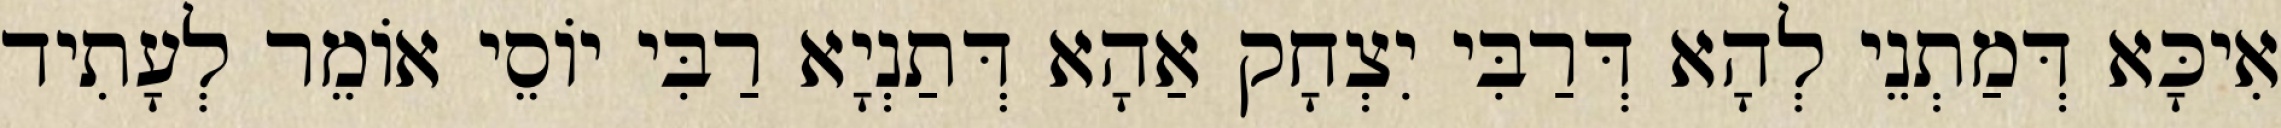
אִיכָּא דְּמַתְנֵי לְהָא דְּרַבִּי יִצְחָק אַהָא דְּתַנְיָא רַבִּי יוֹסֵי אוֹמֵר לְעָתִיד